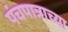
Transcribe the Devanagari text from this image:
पंचपात्राच्या